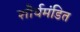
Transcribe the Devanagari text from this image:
शौर्यमंडित